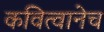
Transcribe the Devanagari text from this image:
कवित्वानेच